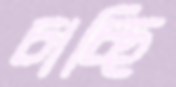
চাচ্ছি